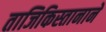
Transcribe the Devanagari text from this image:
ताजिकिस्तानाने